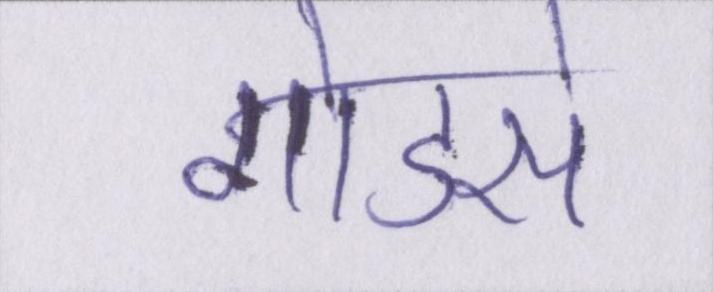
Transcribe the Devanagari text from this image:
गोडसे